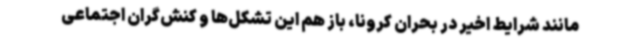
مانند شرایط اخیر در بحران کرونا، باز هم این تشکل‌ها و کنش‌گران اجتماعی